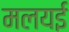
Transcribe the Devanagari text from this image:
मलयई